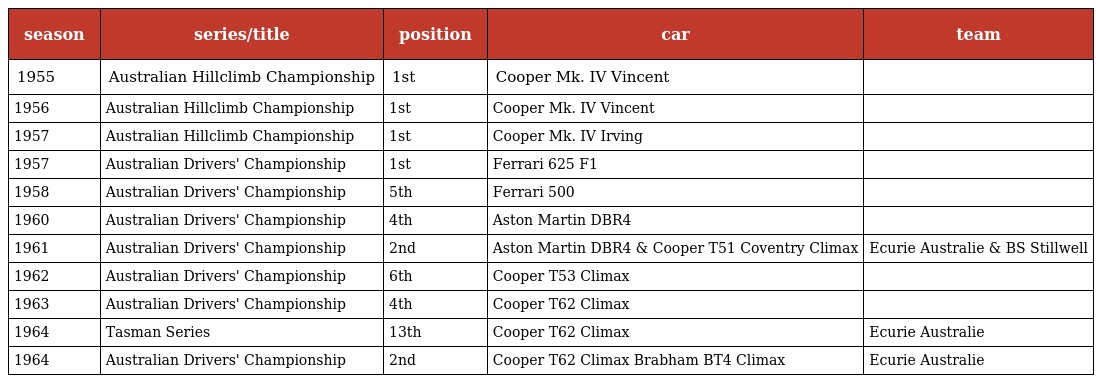
| season | series/title | position | car | team |
 | --- | --- | --- | --- | --- |
 | 1955 | Australian Hillclimb Championship | 1st | Cooper Mk. IV Vincent |  |
 | 1956 | Australian Hillclimb Championship | 1st | Cooper Mk. IV Vincent |  |
 | 1957 | Australian Hillclimb Championship | 1st | Cooper Mk. IV Irving |  |
 | 1957 | Australian Drivers' Championship | 1st | Ferrari 625 F1 |  |
 | 1958 | Australian Drivers' Championship | 5th | Ferrari 500 |  |
 | 1960 | Australian Drivers' Championship | 4th | Aston Martin DBR4 |  |
 | 1961 | Australian Drivers' Championship | 2nd | Aston Martin DBR4 & Cooper T51 Coventry Climax | Ecurie Australie & BS Stillwell |
 | 1962 | Australian Drivers' Championship | 6th | Cooper T53 Climax |  |
 | 1963 | Australian Drivers' Championship | 4th | Cooper T62 Climax |  |
 | 1964 | Tasman Series | 13th | Cooper T62 Climax | Ecurie Australie |
 | 1964 | Australian Drivers' Championship | 2nd | Cooper T62 Climax Brabham BT4 Climax | Ecurie Australie |